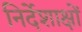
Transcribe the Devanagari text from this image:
निर्देशाक्षों